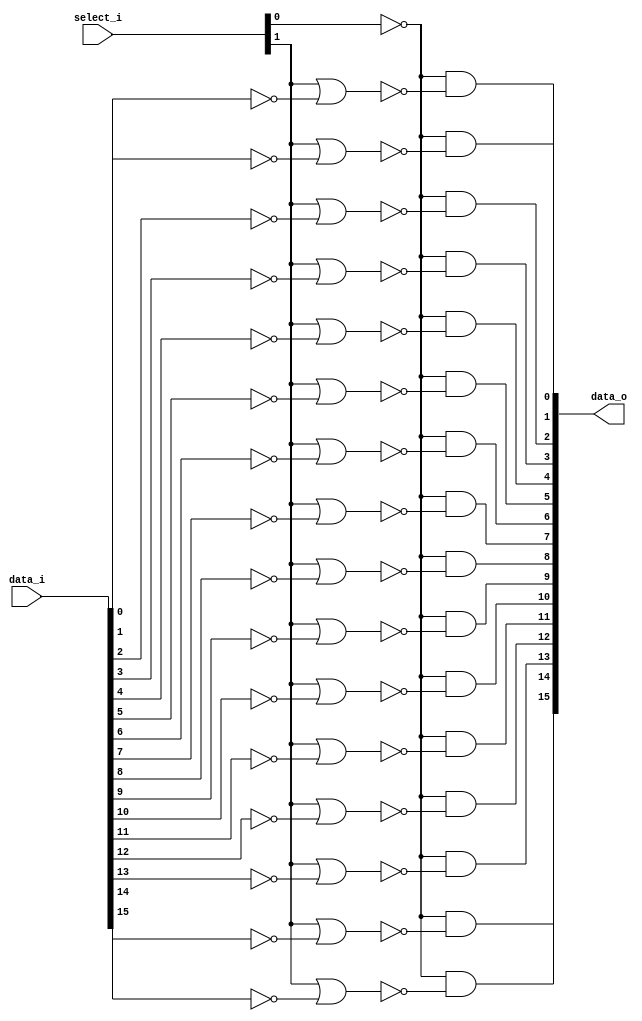
/* Generated by Yosys 0.27+9 (git sha1 101d19bb6, gcc 11.2.0-7ubuntu2 -fPIC -Os) */

(* top =  1  *)

module bsg_permute_box(data_i, select_i, data_o);
  wire _00_;
  wire _01_;
  wire _02_;
  wire _03_;
  wire _04_;
  wire _05_;
  wire _06_;
  wire _07_;
  wire _08_;
  wire _09_;
  wire _10_;
  wire _11_;
  wire _12_;
  wire _13_;
  wire _14_;
  wire _15_;
  wire _16_;
  
  input [15:0] data_i;
  wire [15:0] data_i;
  
  output [15:0] data_o;
  wire [15:0] data_o;
  
  input [63:0] select_i;
  wire [63:0] select_i;
  assign _00_ = ~select_i[0];
  assign _01_ = select_i[1] | ~(data_i[0]);
  assign data_o[0] = _00_ & ~(_01_);
  assign _02_ = select_i[1] | ~(data_i[1]);
  assign data_o[1] = _00_ & ~(_02_);
  assign _03_ = select_i[1] | ~(data_i[2]);
  assign data_o[2] = _00_ & ~(_03_);
  assign _04_ = select_i[1] | ~(data_i[3]);
  assign data_o[3] = _00_ & ~(_04_);
  assign _05_ = select_i[1] | ~(data_i[4]);
  assign data_o[4] = _00_ & ~(_05_);
  assign _06_ = select_i[1] | ~(data_i[5]);
  assign data_o[5] = _00_ & ~(_06_);
  assign _07_ = select_i[1] | ~(data_i[6]);
  assign data_o[6] = _00_ & ~(_07_);
  assign _08_ = select_i[1] | ~(data_i[7]);
  assign data_o[7] = _00_ & ~(_08_);
  assign _09_ = select_i[1] | ~(data_i[8]);
  assign data_o[8] = _00_ & ~(_09_);
  assign _10_ = select_i[1] | ~(data_i[9]);
  assign data_o[9] = _00_ & ~(_10_);
  assign _11_ = select_i[1] | ~(data_i[10]);
  assign data_o[10] = _00_ & ~(_11_);
  assign _12_ = select_i[1] | ~(data_i[11]);
  assign data_o[11] = _00_ & ~(_12_);
  assign _13_ = select_i[1] | ~(data_i[12]);
  assign data_o[12] = _00_ & ~(_13_);
  assign _14_ = select_i[1] | ~(data_i[13]);
  assign data_o[13] = _00_ & ~(_14_);
  assign _15_ = select_i[1] | ~(data_i[14]);
  assign data_o[14] = _00_ & ~(_15_);
  assign _16_ = select_i[1] | ~(data_i[15]);
  assign data_o[15] = _00_ & ~(_16_);
endmodule